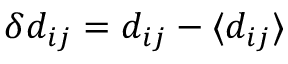
\delta d _ { i j } = d _ { i j } - \langle d _ { i j } \rangle